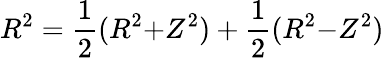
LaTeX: R^{2}=\frac 12(R^{2}{+}Z^{2})+\frac 12(R^{2}{-}Z^{2})